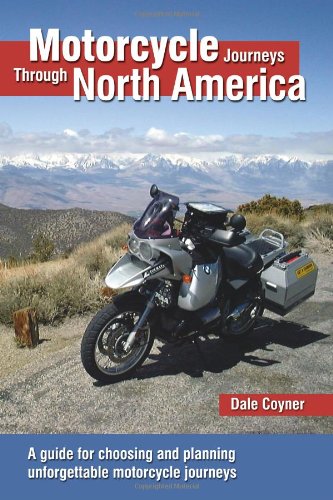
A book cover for Motorcycle Journeys Through North America: A guide for choosing and planning unforgettable motorcycle journeys; Dale Coyner; Engineering & Transportation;